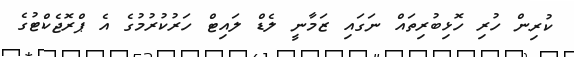
ކުރިން ހުރި ހޮޅިބުރިތައް ނަގައި ޒަމާނީ ލެޑް ލައިޓް ހަރުކުރުމުގެ އެ ޕްރޮޖެކްޓުގެ